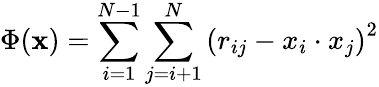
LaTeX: \Phi(\mathbf{x})=\sum_{i=1}^{N-1}\sum_{j=i+1}^{N}\left(r_{ij}-x_{i}\cdot x_{j}\right)^{2}